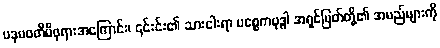
ပဒုမဝတီမိဖုရားအကြောင်း၊ ၎င်းင်း၏ သားငါးရာ ပစ္စေကဗုဒ္ဓါ အရှင်မြတ်တို့၏ အမည်များကို